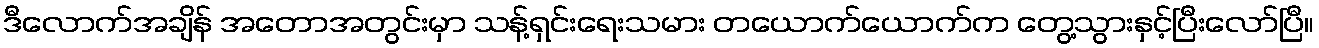
ဒီလောက်အချိန် အတောအတွင်းမှာ သန့်ရှင်းရေးသမား တယောက်ယောက်က တွေ့သွားနှင့်ပြီးလော်ပြီ။